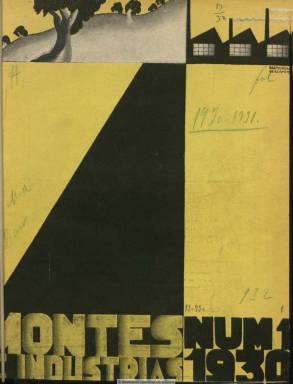
Título: Montes e industrias
Colección: Industria
Ámbito geográfico: Madrid
Lugar de publicación: Madrid
Fechas: 01/11/1930-30/11/1934

Desaparecidas Revista de montes (1877-1926), España forestal (1915-1930) y Renovación forestal (1926-1930), aparecerá esta publicación en noviembre de 1930, fundada y dirigida por el ingeniero de Montes Octavio de Elorrieta y Artaza (1881-1962), que ya había sido colaborador habitual de las dos primeras revistas citadas. Elorrieta, considerado el adalid o principal representante en las primeras décadas del siglo veinte de una renovación de la doctrina económica forestal española, apostaba por la primacía de los aspectos más tecnocráticos, productivistas y monetaristas de la riqueza de los montes, relegando cualquiera otra consideración, como era el problema social agrario o lo que el propio Elorrieta califica en el artículo de presentación de su revista como “movimiento de origen romántico”, que había tenido a su “apóstol del árbol” en Ricardo Codorníu  (1846-1923) y cristalizado en las fiestas del árbol o en las aspiraciones políticas del partido socialista en las del primero de mayo.

Elorrieta, de una personalidad compleja y a veces contradictoria, a juicio de quienes le han estudiado –como es el caso de Iñaki Iriarte-Goñi (2009)- y procedente del partido liberal pero con un planteamiento político y social conservador que no terminará de encajar con las aspiraciones de la II República Española, ya había obtenido cargos públicos durante la dictadura primoriverista –también los tendrá en la posterior franquista-, pues llegará a considerar que regímenes autoritarios como los citados eran el vehículo más eficaz para llevar a cabo el economicismo forestal sobre el que teorizó y propagó.

De tal forma que, en un momento en el que había desaparecido la prensa forestal especializada, Elorrieta empezó a publicar su revista, en la que prestará especial atención a la industria resinera española y a su consorcio empresarial, a la corchera, a la producción nacional y abastecimiento de la madera, a su transporte y comercialización en los mercados, a la implantación del seguro y del crédito forestales, pero también a la ganadería española de montaña y a la colonización del suelo y, en definitiva, a las industrias españolas de las resinas, la madera, el papel y celulosa y a las manufactureras del corcho, sin obviar a las de esencias, a la de combustibles vegetales y carboneras, o a las del esparto e, incluso, a las de barnices y pinturas, jabones, las de alcanfor y seda artificiales o la del celuloide, así como las de explosivos.

Sus entregas mensuales estarán en torno a la treintena de páginas, compuestas a dos y tres columnas. Cada número de la revista comienza con un editorial –que, aunque sin firmar, su autoría hay que aplicársela al propio Elorrieta-, le siguen otros artículos y está estructurada en secciones: Revistas de revistas (con reseñas del Boletín de pesca y caza y de las se publican en Suiza, Alemania, Francia o Estados Unidos), Bibliografía, Crónica (noticias sobre personal y nombramientos del ramo profesional de Montes, de congresos y asambleas, empresas y compañías, legislación o presupuestos y actividad de la recién creada Dirección General de Montes), Subastas e Información comercial (con cotizaciones de los mercados nacional –Madrid y Barcelona- e internacional de maderas y resinas, aranceles u ofertas y demandas). Dedicará también atención a las maderas coloniales africanas, como era el caso de esta industria en la Guinea Española, a la piscícola, a la repoblación y maquinaria forestal o a los pastizales, e incluso al paisaje y la explotación turística de los espacios naturales.

Reproducirá también textos de conferencias y entre las firmas de sus artículos aparecen, generalmente las de ingenieros de Montes, como es la de Joaquín Ximénez de Embún, José Rodríguez Vilariño, José Tauler Servia, Salvador Robles Piquer, Ángel Esteva, Eugenio del Campo, Fernando Nájera, Leopoldo Pardo, Antonio Bernad, Ignacio Echevarría, Luis Ceballos, Mariano Tomeo, Salvador Robles, J. Meunier o la de J. Lillo Sanz. La revista llegará a conmemorar el centenario de la primera Escuela de Montes (1835-1935), con un artículo de su director, Enrique Mackay.

Mantiene siempre el subtítulo “revista mensual ilustrada” e inserta fotografías, mapas, croquis, figuras, gráficos y otros esquemas y dibujos, además de datos estadísticos. Su cubierta, de diseño modernista, cuenta incluso con un dibujo de Bartolozzi, que después será ocupada por fotografías. También inserta publicidad comercial, utilizando a veces las dos tintas para su impresión. La revista comenzó a ser estampada en Artes Gráficas Sucesores de Rivadeneyra. Cada número cuenta con sumario y anuncio del siguiente. Cada anualidad (comenzando en el mes de noviembre) inicia paginación. No publicó ningún índice general, ni de materias ni acumulativo. El 47 es el último número de la colección y corresponde a su quinto año en publicación y al mes de noviembre de 1934.